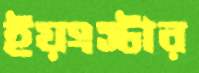
ইয়ংস্টার